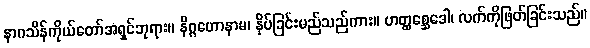
နာဂသိန်ကိုယ်တော်အရှင်ဘုရား။ နိဂ္ဂဟောနာမ၊ နှိပ်ခြင်းမည်သည်ကား။ ဟတ္ထစ္ဆေဒေါ၊ လက်ကိုဖြတ်ခြင်းသည်။